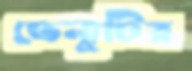
ভেন্যুটির